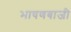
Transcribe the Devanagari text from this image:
भाषणबाजी